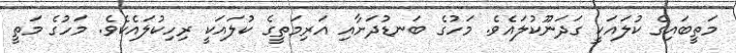
މަތީބައިގެ ކުލައަކީ ގަދަނޫކުލައެވެ. މަހުގެ ބަނޑުދަށާއި އަރިމަތީގެ ކުލައަކީ ރިހިކުލައެކެވެ. މަހުގެ މަތީ